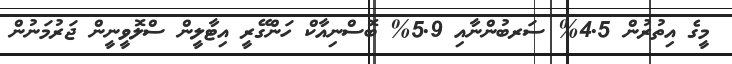
މީގެ އިތުރުން 4.5% ސަރބުންނާއި 5.9% ބޮސްނިއާކް ހަންގޭރީ އިޓާލީން ސްލޮވީނީން ޖަރުމަނުން